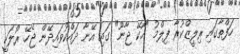
ހަފްތާގައި ރިލީޒްކުރާ ފިލްމު "އޯކޭ ޖާނޫ" ގައި އޭނާ ދައްކުވައިދޭން ޖެހޭ ރޯލަކީ